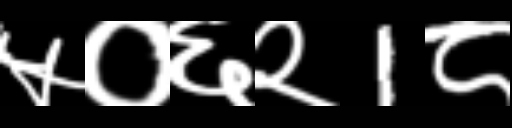
Text: ५०६२1८